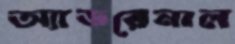
অ্যাডরেনাল